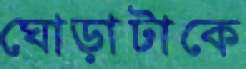
ঘোড়াটাকে